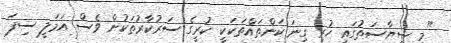
"މި ސިޔާސަތުގައި ހުރި ގިނަ ކަންތައްތަކަކީ ކުރީގެ ސަރުކާރުތަކުން ވެސް އަމަލީ ސިފަ